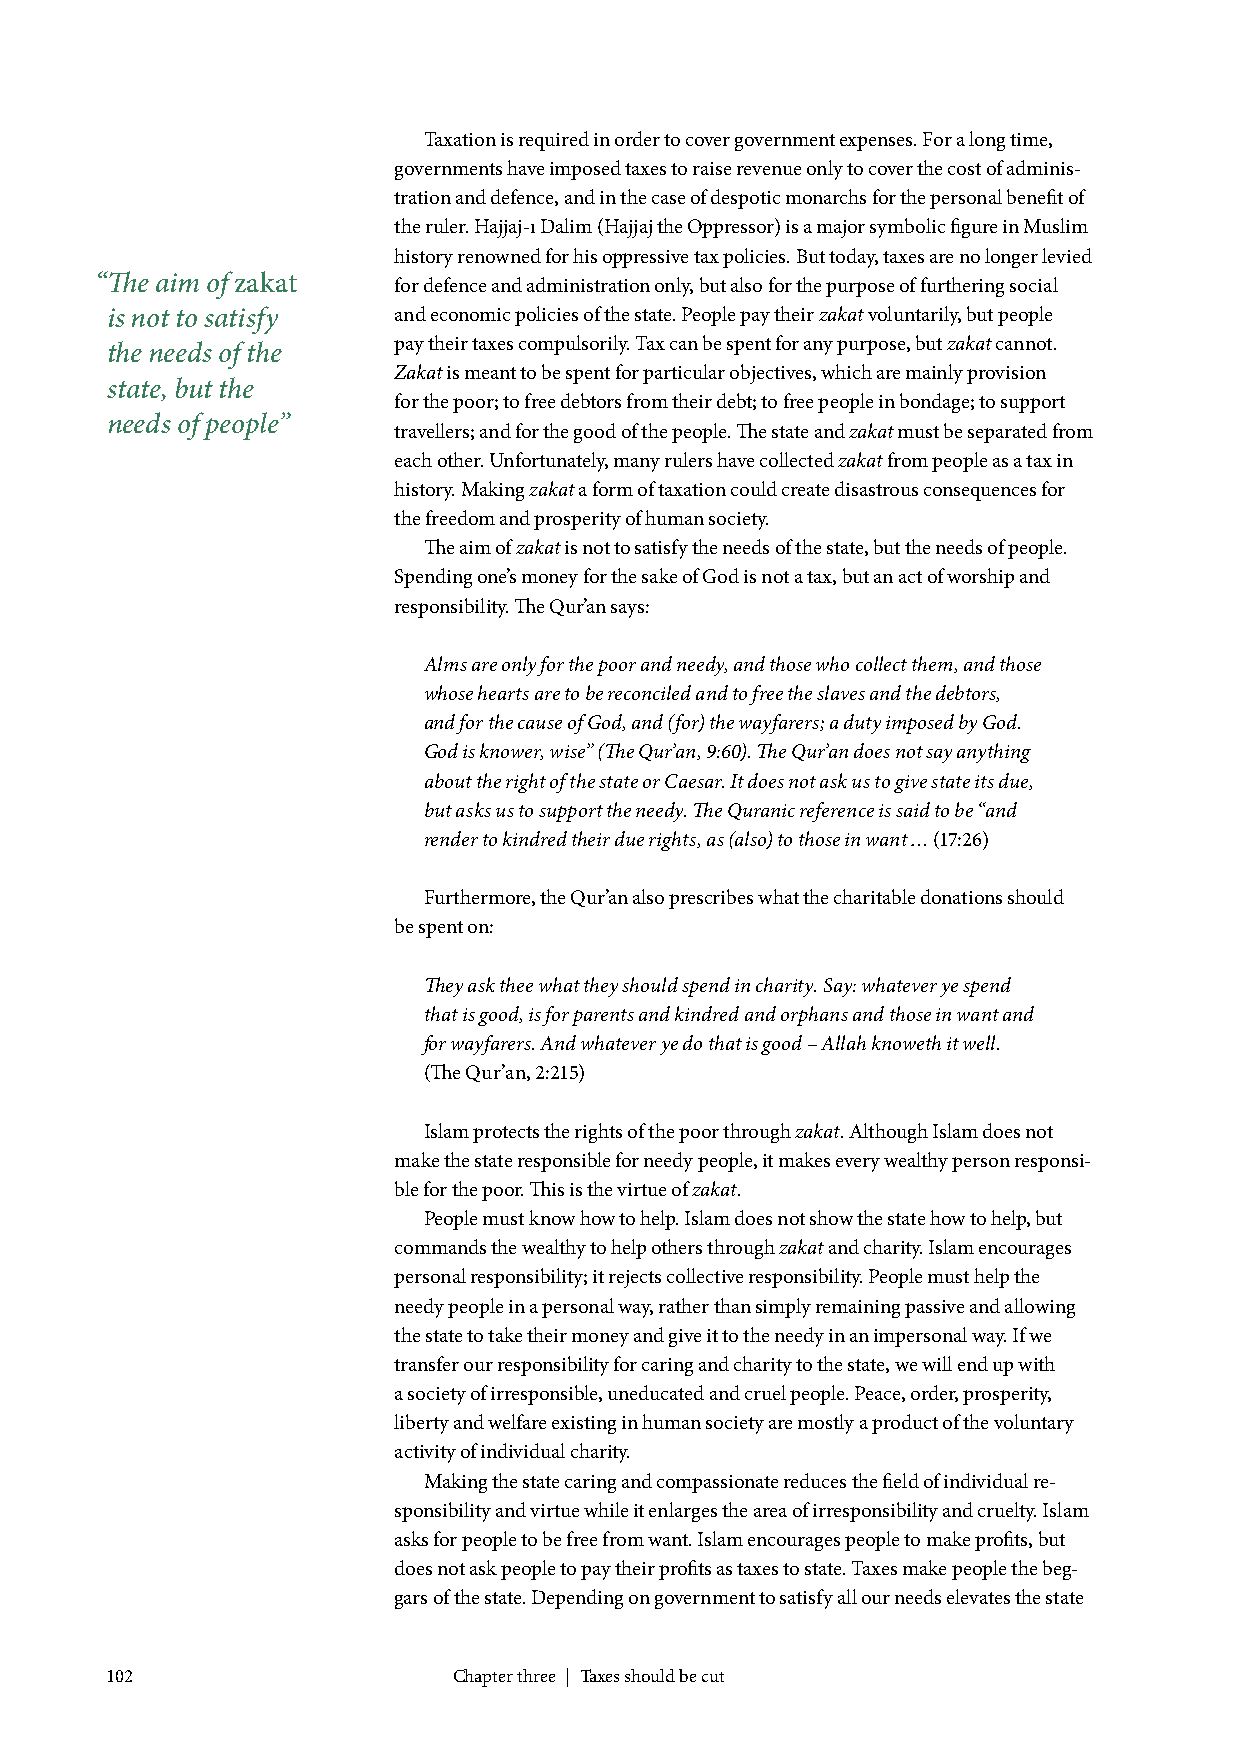
Taxation is required in order to cover government expenses. For a long time,
 governments have imposed taxes to raise revenue only to cover the cost of adminis-
 tration and defence, and in the case of despotic monarchs for the personal benefit of
 the ruler. Hajjaj-ı Dalim (Hajjaj the Oppressor) is a major symbolic figure in Muslim
 history renowned for his oppressive tax policies. But today, taxes are no longer levied
 “The aim of zakat   for defence and administration only, but also for the purpose of furthering social
 is not to satisfy  and economic policies of the state. People pay their zakat voluntarily, but people
 pay their taxes compulsorily. Tax can be spent for any purpose, but zakat cannot.
 the needs of the
 Zakat is meant to be spent for particular objectives, which are mainly provision
 state, but the
 for the poor; to free debtors from their debt; to free people in bondage; to support
 needs of people”
 travellers; and for the good of the people. The state and zakat must be separated from
 each other. Unfortunately, many rulers have collected zakat from people as a tax in
 history. Making zakat a form of taxation could create disastrous consequences for
 the freedom and prosperity of human society.
 The aim of zakat is not to satisfy the needs of the state, but the needs of people.
 Spending one’s money for the sake of God is not a tax, but an act of worship and
 responsibility. The Qur’an says:
 Alms are only for the poor and needy, and those who collect them, and those
 whose hearts are to be reconciled and to free the slaves and the debtors,
 and for the cause of God, and (for) the wayfarers; a duty imposed by God.
 God is knower, wise” (The Qur’an, 9:60). The Qur’an does not say anything
 about the right of the state or Caesar. It does not ask us to give state its due,
 but asks us to support the needy. The Quranic reference is said to be “and
 render to kindred their due rights, as (also) to those in want … (17:26)
 Furthermore, the Qur’an also prescribes what the charitable donations should
 be spent on:
 They ask thee what they should spend in charity. Say: whatever ye spend
 that is good, is for parents and kindred and orphans and those in want and
 for wayfarers. And whatever ye do that is good – Allah knoweth it well.
 (The Qur’an, 2:215)
 Islam protects the rights of the poor through zakat. Although Islam does not
 make the state responsible for needy people, it makes every wealthy person responsi-
 ble for the poor. This is the virtue of zakat.
 People must know how to help. Islam does not show the state how to help, but
 commands the wealthy to help others through zakat and charity. Islam encourages
 personal responsibility; it rejects collective responsibility. People must help the
 needy people in a personal way, rather than simply remaining passive and allowing
 the state to take their money and give it to the needy in an impersonal way. If we
 transfer our responsibility for caring and charity to the state, we will end up with
 a society of irresponsible, uneducated and cruel people. Peace, order, prosperity,
 liberty and welfare existing in human society are mostly a product of the voluntary
 activity of individual charity.
 Making the state caring and compassionate reduces the field of individual re-
 sponsibility and virtue while it enlarges the area of irresponsibility and cruelty. Islam
 asks for people to be free from want. Islam encourages people to make profits, but
 does not ask people to pay their profits as taxes to state. Taxes make people the beg-
 gars of the state. Depending on government to satisfy all our needs elevates the state
 102                    Chapter three | Taxes should be cut